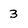
Character: 3